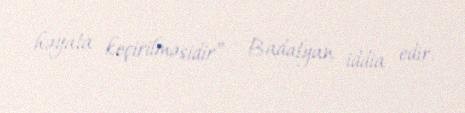
həyata keçirilməsidir” – Badalyan iddia edir.